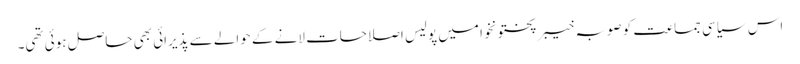
اس سیاسی جماعت کو صوبہ خیبر پختونخوا میں پولیس اصلاحات لانے کے حوالے سے پذیرائی بھی حاصل ہوئی تھی۔